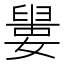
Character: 𡡋